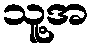
သူ့အ